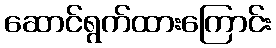
ဆောင်ရွက်ထားကြောင်း